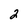
Character: 2